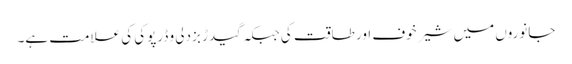
جانوروں میں شیر خوف اور طاقت کی جبکہ گیدڑ بزدلی و ڈرپوکی کی علامت ہے۔